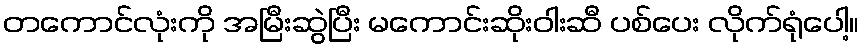
တကောင်လုံးကို အမြီးဆွဲပြီး မကောင်းဆိုးဝါးဆီ ပစ်ပေး လိုက်ရုံပေါ့။